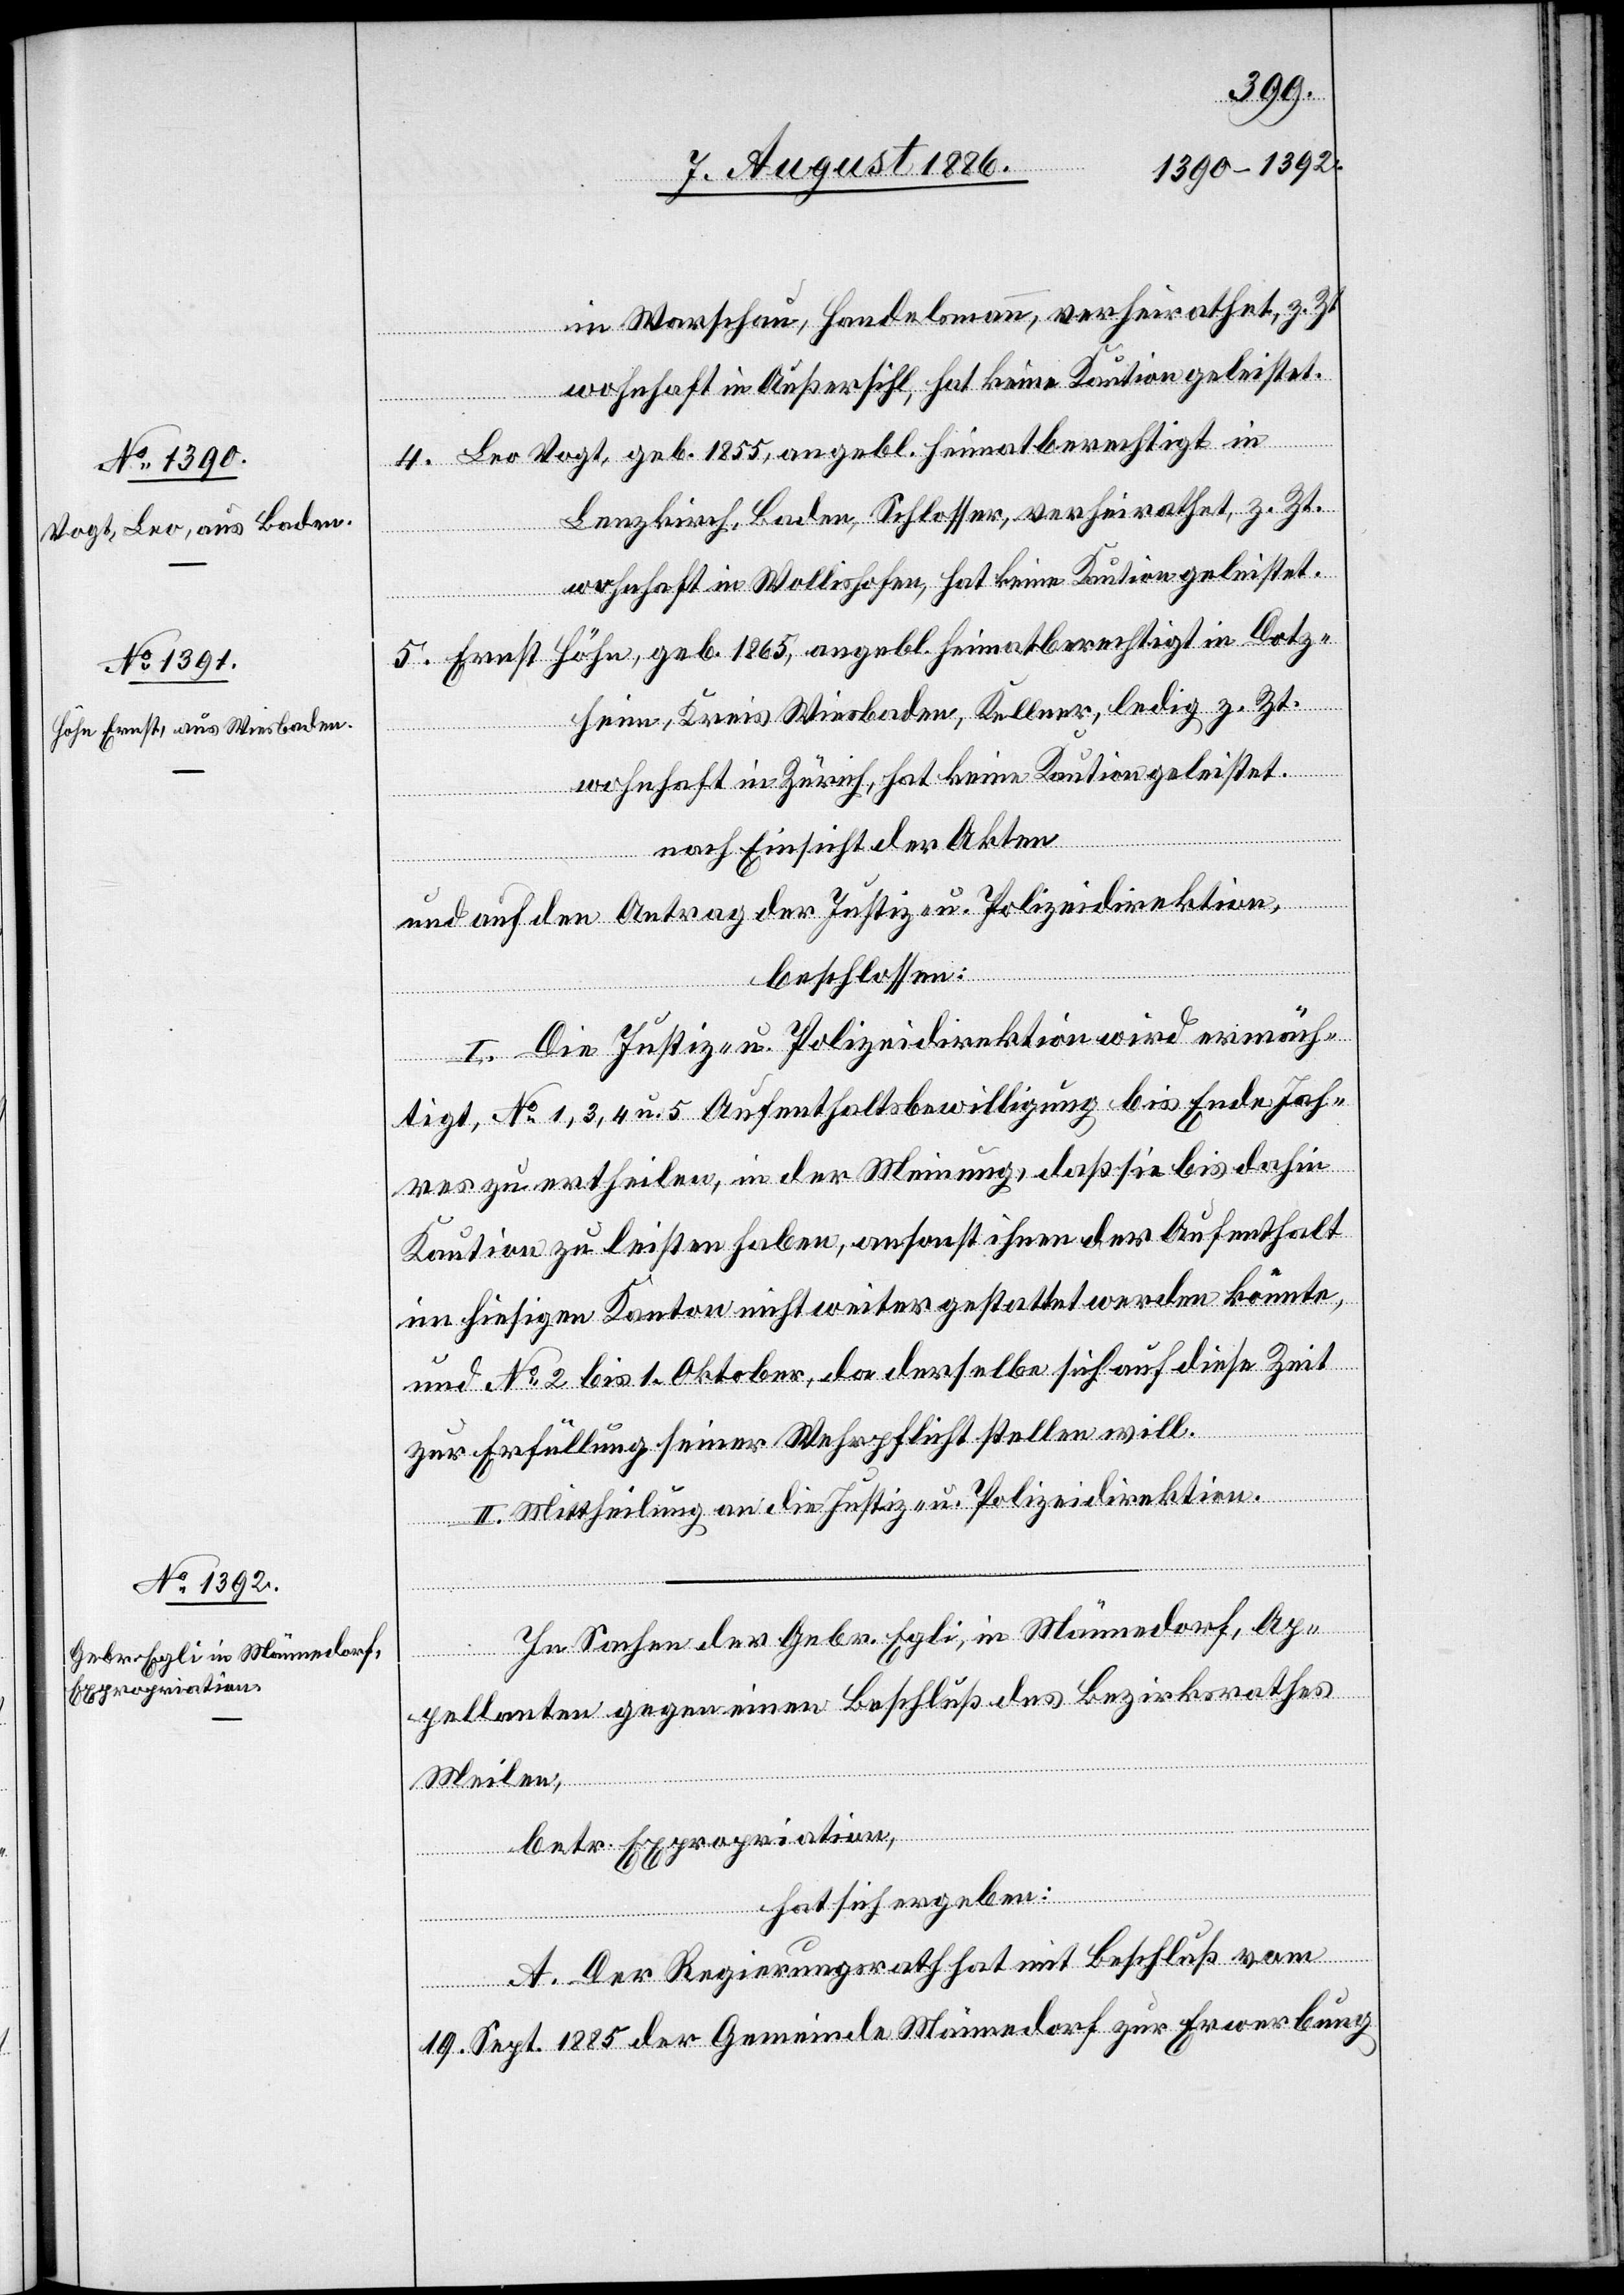
in Warschau, Handelsmann, verheirathet, z. Zt.
wohnhaft in Außersihl, hat keine Kaution geleistet.
2.253
4. Leo Vogt, geb. 1855, angebl. heimatberechtigt in
Lenzkirch, Baden, Schlosser, verheirathet, z. Zt.
wohnhaft in Wollishofen, hat keine Kaution geleistet.
5. Ernst Höhn, geb. 1865, angebl. heimatberechtigt in Dotz¬
heim, Kreis Wiesbaden, Kellner, ledig z. Zt.
wohnhaft in Zürich, hat keine Kaution geleistet.
nach Einsicht der Akten
und auf den Antrag der Justiz- u. Polizeidirektion,
beschlossen:
I. Die Justiz- u. Polizeidirektion wird ermäch¬
tigt, No 1, 3, 4 u. 5 Aufenthaltsbewilligung bis Ende Jahr¬
es zu ertheilen, in der Meinung, daß sie bis dahin
Kaution zu leisten haben, ansonst ihnen der Aufenthalt
im hiesigen Kanton nicht weiter gestattet werden könnte,
und No 2 bis 1. Oktober, da derselbe sich auf diese Zeit
zur Erfüllung seiner Wehrpflicht stellen will.
II. Mittheilung an die Justiz- u. Polizeidirektion.
In Sachen der Gebr. Egli, in Männedorf, Ap¬
pellanten gegen einen Beschluß des Bezirksrathes
Meilen,
betr. Expropriation,
hat sich ergeben:
A. Der Regierungsrath hat mit Beschluß vom
19. Sept. 1885 der Gemeinde Männedorf zur Erwerbung